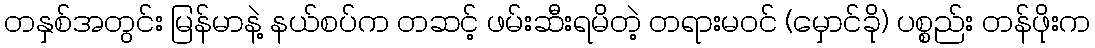
တနှစ်အတွင်း မြန်မာနဲ့ နယ်စပ်က တဆင့် ဖမ်းဆီးရမိတဲ့ တရားမဝင် (မှောင်ခို) ပစ္စည်း တန်ဖိုးက